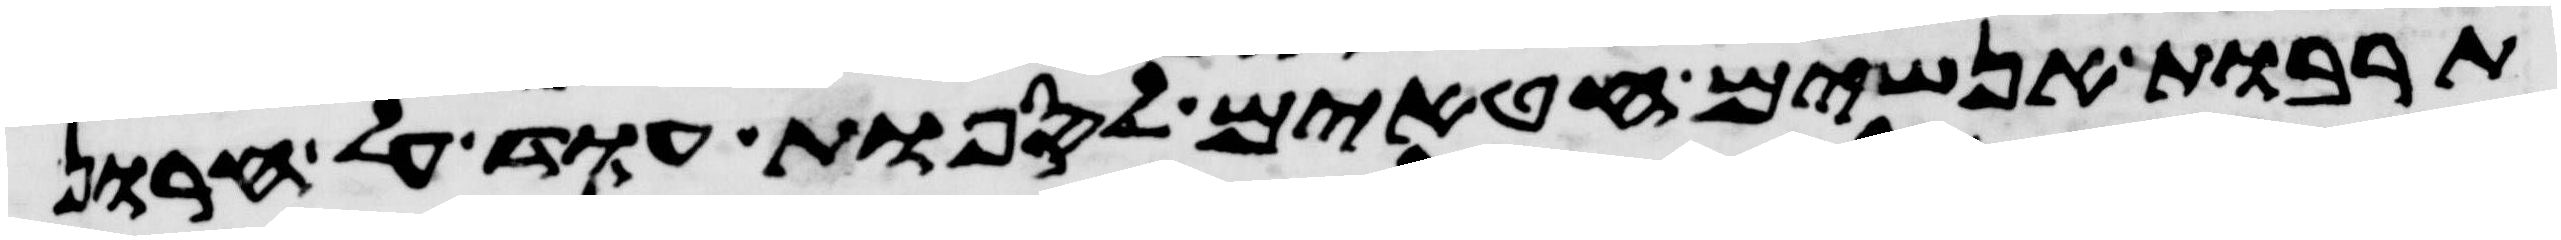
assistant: תרבות אנשים חטאים לספות עוד על חרון